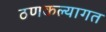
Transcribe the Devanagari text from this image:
ठणकल्यागत